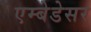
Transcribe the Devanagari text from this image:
एम्बेडेसर